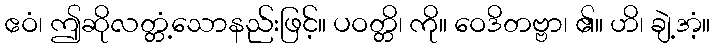
ဧဝံ၊ ဤဆိုလတ္တံ့သောနည်းဖြင့်။ ပဝတ္တိ၊ ကို။ ဝေဒိတဗ္ဗာ၊ ၏။ ဟိ၊ ချဲ့အံ့။